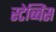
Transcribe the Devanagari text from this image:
स्टेब्बिंस